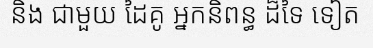
និង ជាមួយ ដៃគូ អ្នកនិពន្ធ ដ៏ទៃ ទៀត